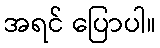
အရင် ပြောပါ။